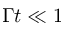
\Gamma t \ll 1